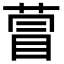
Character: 萺